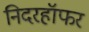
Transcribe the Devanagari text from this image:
निदरहॉफर